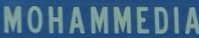
MOHAMMEDIA